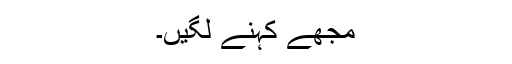
مجھے کہنے لگیں۔